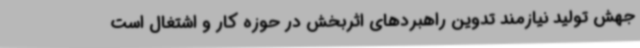
جهش تولید نیازمند تدوین راهبردهای اثربخش در حوزه کار و اشتغال است